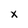
Character: X